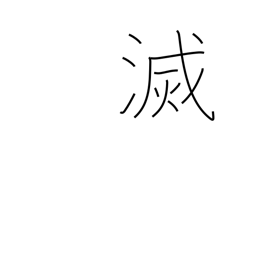
Meaning: perish